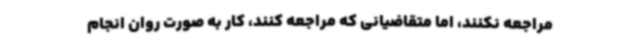
مراجعه نکنند، اما متقاضیانی که مراجعه کنند، کار به صورت روان انجام